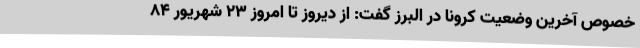
خصوص آخرین وضعیت کرونا در البرز گفت: از دیروز تا امروز 23 شهریور 84